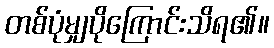
တစ်ပုံမျှပိုကြောင်းသိရ၏။